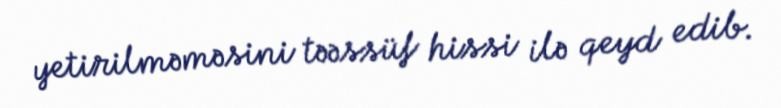
yetirilməməsini təəssüf hissi ilə qeyd edib.